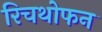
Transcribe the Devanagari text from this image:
रिचथोफन